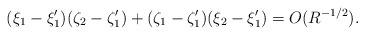
LaTeX: \begin{align*} (\xi_1 - \xi_1')(\zeta_2 - \zeta_1') + (\zeta_1-\zeta_1')(\xi_2 - \xi_1') = O(R^{-1/2}).\end{align*}